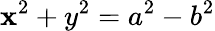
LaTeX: \mathbf{x}^{2}+y^{2}=a^{2}-b^{2}